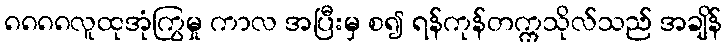
၈၈၈၈လူထုအုံကြွမှု ကာလ အပြီးမှ စ၍ ရန်ကုန်တက္ကသိုလ်သည် အချိန်